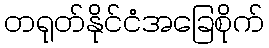
တရုတ်နိုင်ငံအခြေစိုက်